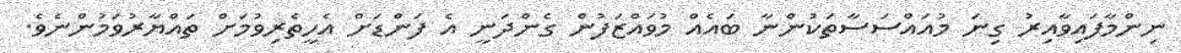
ނިންމާފައިވާއިރު ގިނަ މުއައްސަސާތަކުންނާ ބައެއް މުވައްޒަފުން ގެންދަނީ އެ ފަންޑަށް އެހީތެރިވުމަށް ތައްޔާރުވަމުންނެވެ.